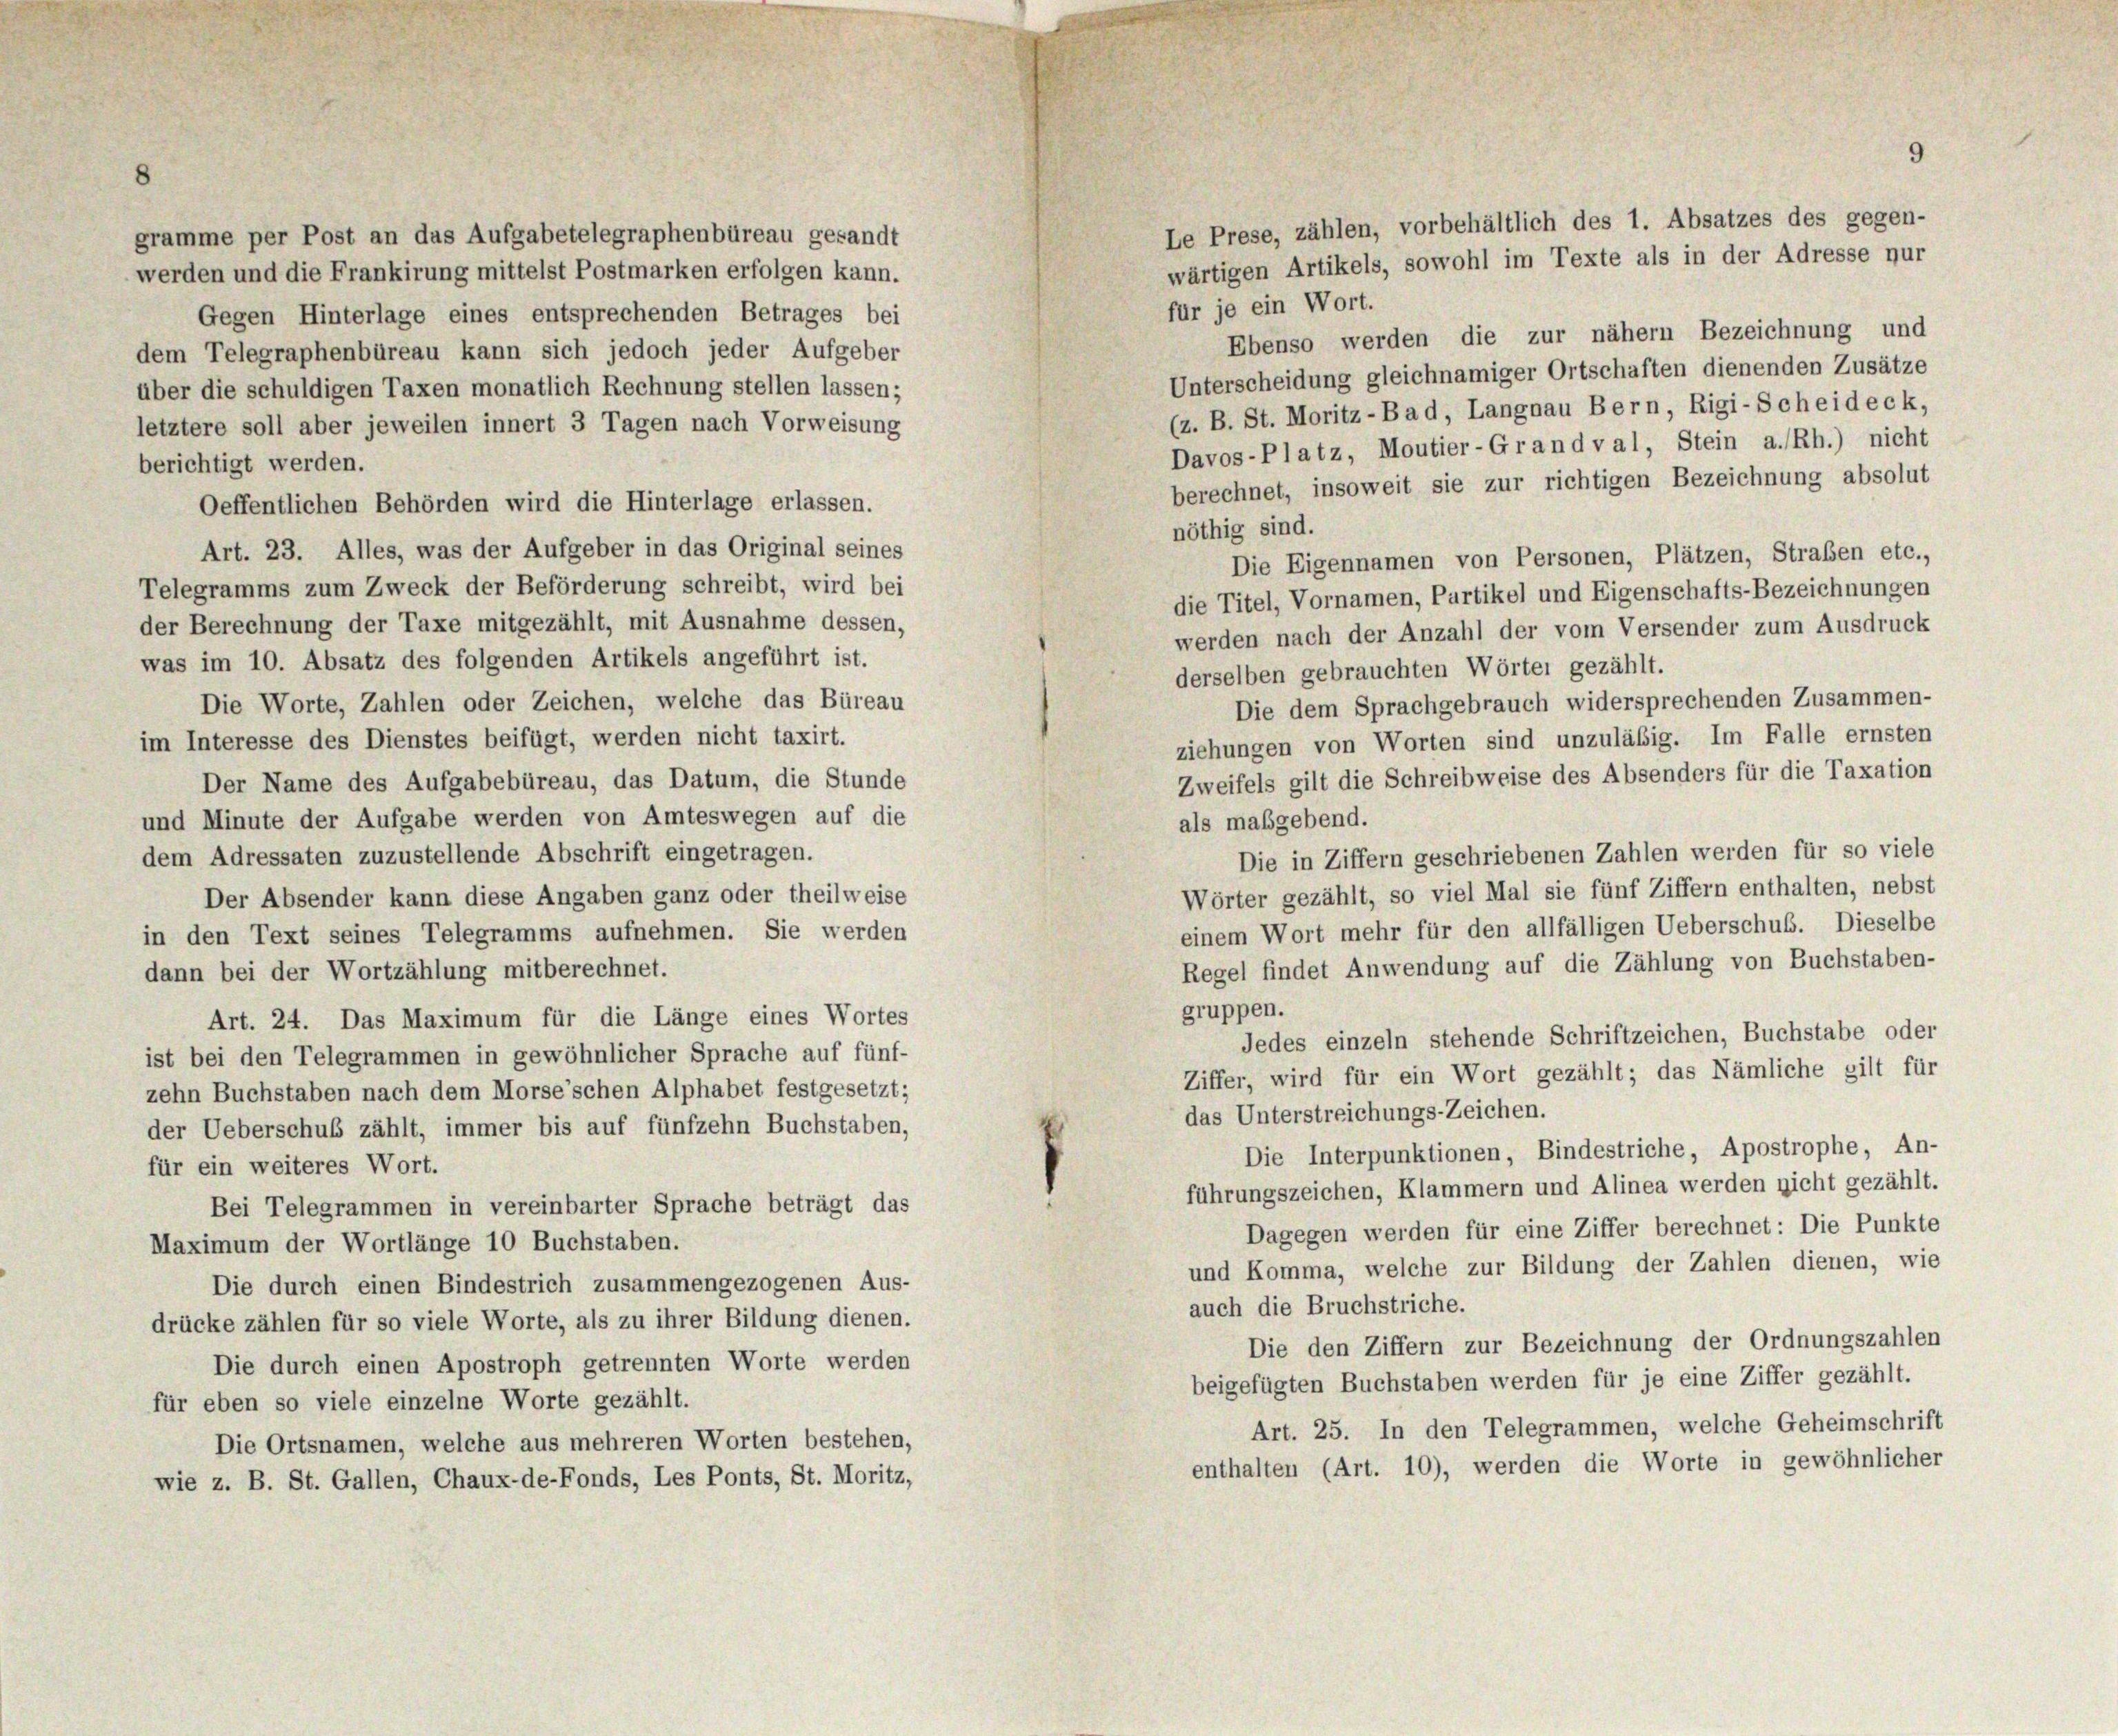
gramme per Post an das Aufgabetelegraphenbüreau gesandt
werden und die Frankirung mittelst Postmarken erfolgen kann.

Gegen Hinterlage eines entsprechenden Betrages bei
dem Telegraphenbüreau kann sich jedoch jeder Aufgeber
über die schuldigen Taxen monatlich Rechnung stellen lassen;
letztere soll aber jeweilen innert 3 Tagen nach Vorweisung
berichtigt werden.
Oeffentlichen Behörden wird die Hinterlage erlassen.
nöthig sind.
Art. 23. Alles, was der Aufgeber in das Original seines
Die Eigennamen von Personen, Plätzen, Straben etc.,
Telegramms zum Zweck der Beförderung schreibt, wird bei
die Titel, Vornamen, Partikel und Eigenschafts-Bezeichnungen
der Berechnung der Taxe mitgezählt, mit Ausnahme dessen,
werden nach der Anzahl der vom Versender zum Ausdruck
was im 10. Absatz des folgenden Artikels angeführt ist.
derselben gebrauchten Wörter gezählt.
Die Worte, Zahlen oder Zeichen, welche das Büreau
Die dem Sprachgebrauch widersprechenden Zusammen-
im Interesse des Dienstes beifügt, werden nicht taxirt.
ziehungen von Worten sind unzuläßig. Im Falle ernsten
Zweifels gilt die Schreibweise des Absenders für die Taxation
Der Name des Aufgabebüreau, das Datum, die Stunde
und Minute der Aufgabe werden von Amteswegen auf die
als maßgebend.
dem Adressaten zuzustellende Abschrift eingetragen.
Die in Ziffern geschriebenen Zahlen werden für so viele
Wörter gezählt, so viel Mal sie fünf Ziffern enthalten, nebst
Der Absender kann diese Angaben ganz oder theilweise
einem Wort mehr für den allfälligen Ueberschub. Dieselbe
in den Text seines Telegramms aufnehmen. Sie werden
Regel findet Anwendung auf die Zählung von Buchstaben-
dann bei der Wortzählung mitberechnet.
gruppen.
Art. 24. Das Maximum für die Länge eines Wortes
Jedes einzeln stehende Schriftzeichen, Buchstabe oder
ist bei den Telegrammen in gewöhnlicher Sprache auf fünf-
Ziffer, wird für ein Wort gezählt; das Nämliche gilt für
zehn Buchstaben nach dem Morse’schen Alphabet festgesetzt;
das Unterstreichungs-Zeichen.
der Ueberschuß zählt, immer bis auf fünfzehn Buchstaben,
Die Interpunktionen, Bindestriche, Apostrophe, An-
für ein weiteres Wort.
führungszeichen, Klammern und Alinea werden nicht gezählt.
Bei Telegrammen in vereinbarter Sprache beträgt das
Dagegen werden für eine Ziffer berechnet: Die Punkte
Maximum der Wortlänge 10 Buchstaben.
und Komma, welche zur Bildung der Zahlen dienen, wie
Die durch einen Bindestrich zusammengezogenen Aus-
auch die Bruchstriche.
drücke zählen für so viele Worte, als zu ihrer Bildung dienen.
Die den Ziffern zur Bezeichnung der Ordnungszahlen
Die durch einen Apostroph getrennten Worte werden
beigefügten Buchstaben werden für je eine Ziffer gezählt.
für eben so viele einzelne Worte gezählt.
Art. 25. In den Telegrammen, welche Geheimschrift
Die Ortsnamen, welche aus mehreren Worten bestehen,
enthalten (Art. 10), werden die Worte in gewöhnlicher
wie z. B. St. Gallen, Chaux-de-Fonds, Les Ponts, St. Moritz,

9

Le Prese, zählen, vorbehältlich des 1. Absatzes des gegen-
wärtigen Artikels, sowohl im Texte als in der Adresse nur
für je ein Wort.
Ebenso werden die zur nähern Bezeichnung und
Unterscheidung gleichnamiger Ortschaften dienenden Zusätze
(z. B. St. Moritz-Ba d, Langnau Bern, Rigi-Scheideck,
Davos-Platz, Moutier-Grandval, Stein a. Rh.) nicht
berechnet, insoweit sie zur richtigen Bezeichnung absolut